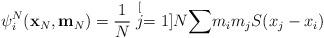
LaTeX: \begin{align*}\psi_{i}^{N}(\mathbf{x}_{N},\mathbf{m}_{N})=\frac{1}{N}\stackrel[j=1]{N}{\sum}m_{i}m_{j}S(x_{j}-x_{i})\end{align*}